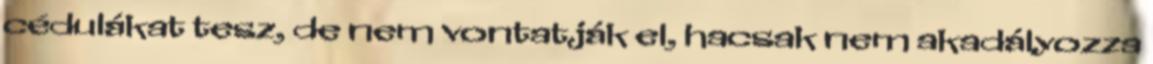
cédulákat tesz, de nem vontatják el, hacsak nem akadályozza